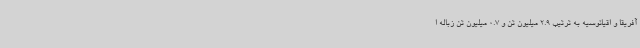
آفریقا و اقیانوسیه به ترتیب 2.9 میلیون تن و 0.7 میلیون تن زباله ا